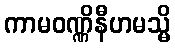
ကာမဝဏ္ဏိနီဟမသ္မိ